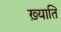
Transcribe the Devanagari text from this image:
ख़्याति